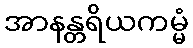
အာနန္တရိယကမ္မံ